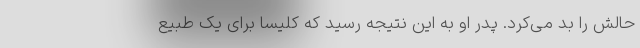
حالش را بد می‌کرد. پدر او به این نتیجه رسید که کلیسا برای یک طبیع